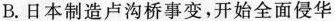
B.日本制造卢沟桥事变，开始全面侵华